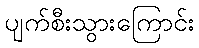
ပျက်စီးသွားကြောင်း